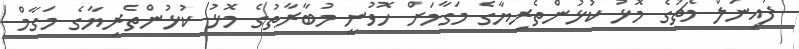
ފައިނަލް މެޗުގެ މޮޅު ކުޅުންތެރިޔާގެ މަގާމަށް ހޮވުނީ މުބާރާތުގެ މޮޅު ކުޅުންތެރިޔާގެ މަގާމް